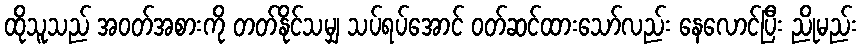
ထိုသူသည် အဝတ်အစားကို တတ်နိုင်သမျှ သပ်ရပ်အောင် ဝတ်ဆင်ထားသော်လည်း နေလောင်ပြီး ညိုမည်း